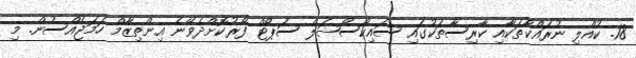
18. ކުއްލި ނުރައްކާތަކާއި ކާރިސާތަކުގައި ސައިކޯސޯޝަލް ސަޕޯޓް ފޯރުކޮށްދެވޭނެ އިންތިޒާމް ހަމަޖެއްސުން. މި